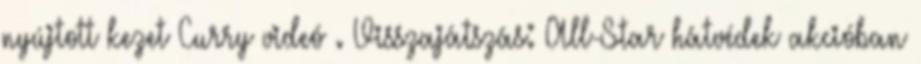
nyújtott kezet Curry videó . Visszajátszás: All-Star hátvédek akcióban